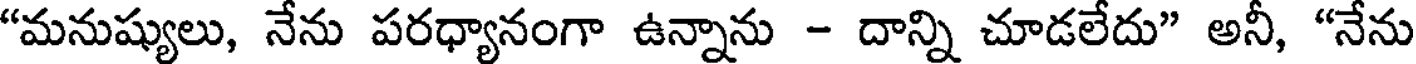
"మనుష్యులు, నేను పరధ్యానంగా ఉన్నాను - దాన్ని చూడలేదు" అనీ, "నేను